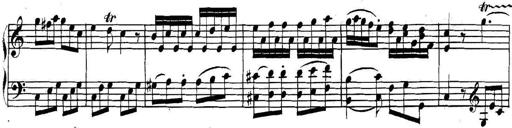
Title: Collected Piano Sonatas
Composer: Muzio Clementi